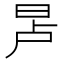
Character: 𬀭